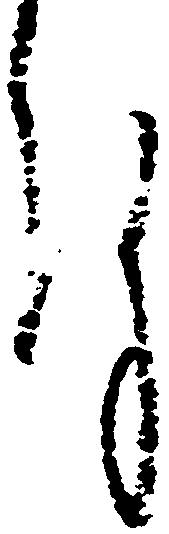
謹